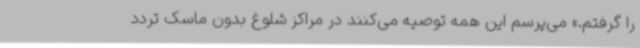
را گرفتم.» می‌پرسم این همه توصیه می‌کنند در مراکز شلوغ بدون ماسک تردد